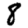
Digit: 8